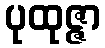
ပုထုဇ္ဇာ